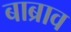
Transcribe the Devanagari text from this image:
बाब्राव